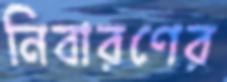
নিবারণের